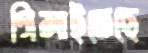
গিলাইতেছে